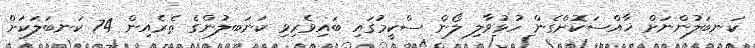
ކަނބަލުންނަށް ޚާއްސަކޮށްގެން ހުޅުވާލި ލޯން ސްކީމުގައި ބައިވެރިވި ކަނަބލުންގެ ތެރެއިން 74 ކަނބަލަކަށް